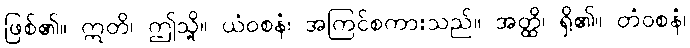
ဖြစ်၏။ ဣတိ၊ ဤသို့။ ယံဝစနံ၊ အကြင်စကားသည်။ အတ္ထိ၊ ရှိ၏။ တံဝစနံ၊